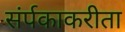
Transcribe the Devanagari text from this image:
संर्पकाकरीता